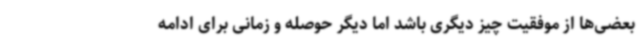
بعضی‌ها از موفقیت چیز دیگری باشد اما دیگر حوصله و زمانی برای ادامه